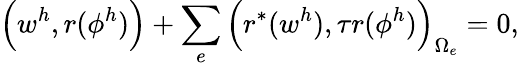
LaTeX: \Big(w^{h},r(\phi^{h})\Big)+\sum_{e}\Big(r^{*}(w^{h}),\tau r(\phi^{h})\Big)_{\Omega_{e}}=0,